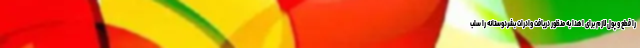
را قطع و پول لازم برای اهدا به منظور دریافت وادرات بشردوستانه را سلب